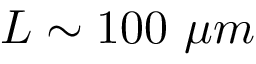
L \sim 1 0 0 \ \mu m